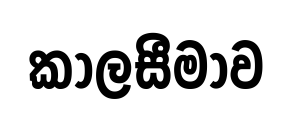
කාලසීමාව